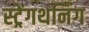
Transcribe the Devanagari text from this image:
स्ट्रेंगथनिंग